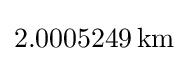
2.0005249\,{\text{km}}